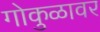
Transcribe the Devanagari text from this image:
गोकुळावर